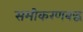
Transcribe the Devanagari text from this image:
समीकरणबद्ध